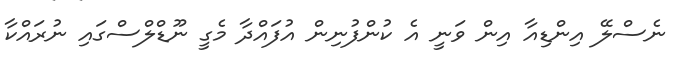
ނެސްލޭ އިންޑިއާ އިން ވަނީ އެ ކުންފުނިން އުފައްދާ މެގީ ނޫޑްލްސްގައި ނުރައްކާ